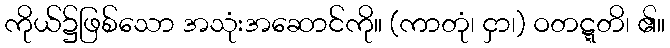
ကိုယ်၌ဖြစ်သော အသုံးအဆောင်ကို။ (ကာတုံ၊ ငှာ၊) ဝတဋ္ဋတိ၊ ၏။